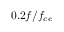
0 . 2 f / f _ { c e }